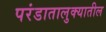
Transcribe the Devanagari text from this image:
परंडातालुक्यातील